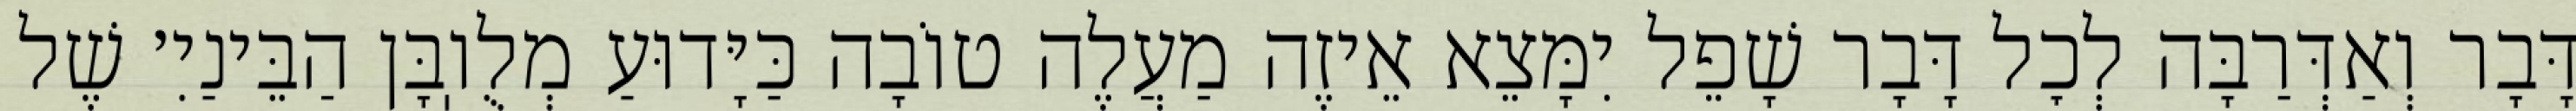
דָּבָר וְאַדְּרַבָּה לְכׇל דָּבָר שָׁפֵל יִמָּצֵא אֵיזֶה מַעֲלֶה טוֹבָה כַּיָּדוּעַ מְלֻוֽבָּן הַבֵּינַיִ׳ שֶׁל